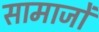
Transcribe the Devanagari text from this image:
सामाजों